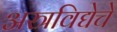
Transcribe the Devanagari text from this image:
अस्त्रविद्येचे